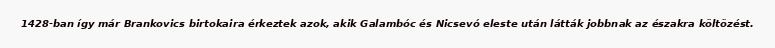
1428-ban így már Brankovics birtokaira érkeztek azok, akik Galambóc és Nicsevó eleste után látták jobbnak az északra költözést.